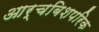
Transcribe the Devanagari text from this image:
आर्चबिशपरिक